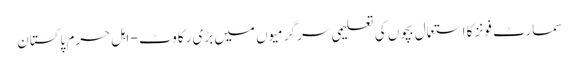
سمارٹ فونز کا استعمال بچوں کی تعلیمی سر گرمیوں میں بڑی رکاوٹ - اہل حرم پاکستان